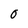
Character: O